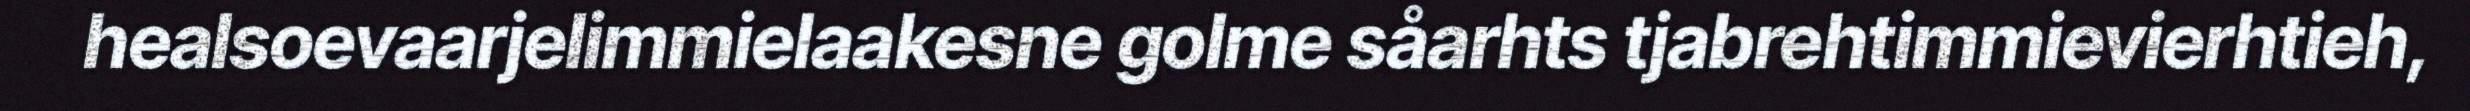
healsoevaarjelimmielaakesne golme såarhts tjabrehtimmievierhtieh,